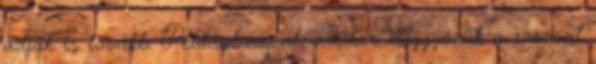
adjuk is tovább. Például azzal, amikor meggyőzük a rosszat